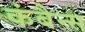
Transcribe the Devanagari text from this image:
कंबैन्स